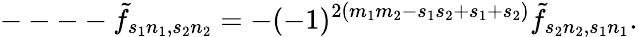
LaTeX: ----\tilde{f}_{s_{1}n_{1},s_{2}n_{2}}=-(-1)^{2(m_{1}m_{2}-s_{1}s_{2}+s_{1}+s_{2})}\tilde{f}_{s_{2}n_{2},s_{1}n_{1}}.